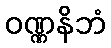
ဝဏ္ဏနိဘံ